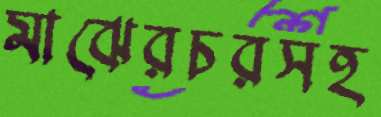
মাঝেরচরসহ